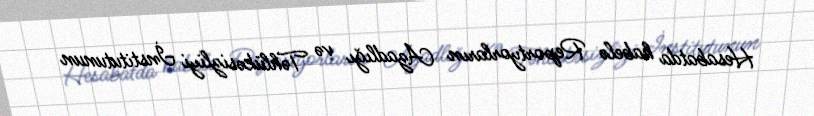
Hesabatda habelə Reportyorların Azadlığı və Təhlükəsizliyi İnstitutunun